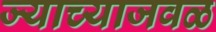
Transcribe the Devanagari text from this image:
ज्याच्याजवळ